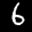
Label: 6